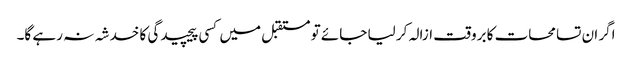
اگر ان تسامحات کا بروقت ازالہ کر لیا جائے تو مستقبل میں کسی پیچیدگی کا خدشہ نہ رہے گا۔